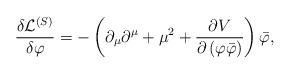
LaTeX: \begin{align*}\frac{\delta \mathcal{L}^{\left( S\right) }}{\delta \varphi }=-\left(\partial _{\mu }\partial ^{\mu }+\mu ^{2}+\frac{\partial V}{\partial \left(\varphi \bar{\varphi}\right) }\right) \bar{\varphi}, \end{align*}